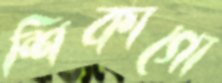
শিকাগো